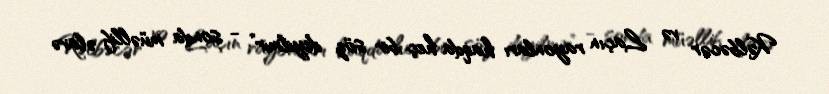
Kəlbəcər və Laçın rayonları haqda heç bir söz deyilmir” - sonda müəllif əlavə